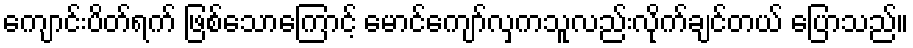
ကျောင်းပိတ်ရက် ဖြစ်သောကြောင့် မောင်ကျော်လှကသူလည်းလိုက်ချင်တယ် ပြောသည်။